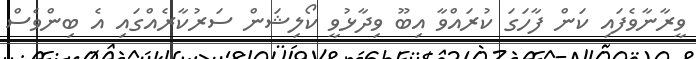
ވީރާނާވެފައި ކަން ފާހަގަ ކުރައްވާ އިބޫ ވިދާޅުވީ ކޯލިޝަން ސަރުކާރެއްގައި އެ ބިންވެސް